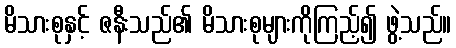
မိသားစုနှင့် ဇနီးသည်၏ မိသားစုများကိုကြည့်၍ ဖွဲ့သည်။